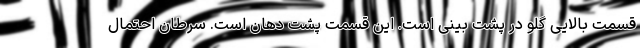
قسمت بالایی گلو در پشت بینی است. این قسمت پشت دهان است. سرطان احتمال